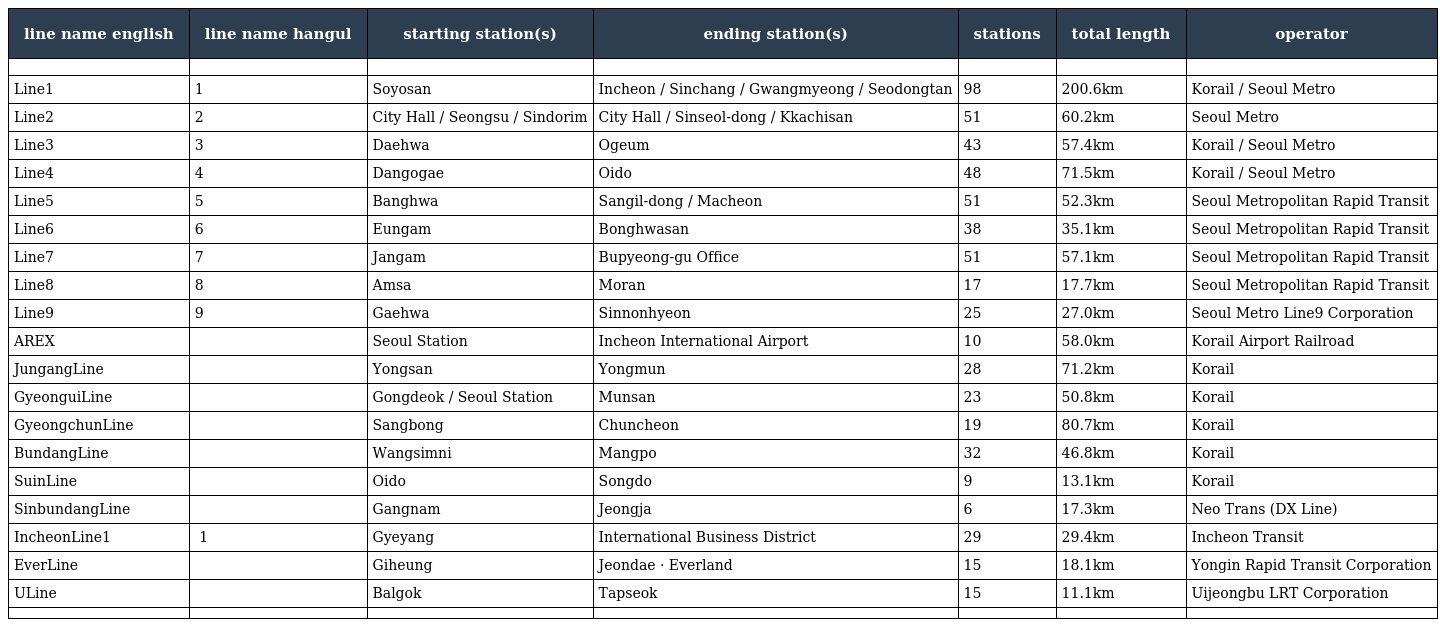
| line name english | line name hangul | starting station(s) | ending station(s) | stations | total length | operator |
 | --- | --- | --- | --- | --- | --- | --- |
 |  |  |  |  |  |  |  |
 | Line1 | 1호선 | Soyosan | Incheon / Sinchang / Gwangmyeong / Seodongtan | 98 | 200.6km | Korail / Seoul Metro |
 | Line2 | 2호선 | City Hall / Seongsu / Sindorim | City Hall / Sinseol-dong / Kkachisan | 51 | 60.2km | Seoul Metro |
 | Line3 | 3호선 | Daehwa | Ogeum | 43 | 57.4km | Korail / Seoul Metro |
 | Line4 | 4호선 | Dangogae | Oido | 48 | 71.5km | Korail / Seoul Metro |
 | Line5 | 5호선 | Banghwa | Sangil-dong / Macheon | 51 | 52.3km | Seoul Metropolitan Rapid Transit |
 | Line6 | 6호선 | Eungam | Bonghwasan | 38 | 35.1km | Seoul Metropolitan Rapid Transit |
 | Line7 | 7호선 | Jangam | Bupyeong-gu Office | 51 | 57.1km | Seoul Metropolitan Rapid Transit |
 | Line8 | 8호선 | Amsa | Moran | 17 | 17.7km | Seoul Metropolitan Rapid Transit |
 | Line9 | 9호선 | Gaehwa | Sinnonhyeon | 25 | 27.0km | Seoul Metro Line9 Corporation |
 | AREX | 공항철도 | Seoul Station | Incheon International Airport | 10 | 58.0km | Korail Airport Railroad |
 | JungangLine | 중앙선 | Yongsan | Yongmun | 28 | 71.2km | Korail |
 | GyeonguiLine | 경의선 | Gongdeok / Seoul Station | Munsan | 23 | 50.8km | Korail |
 | GyeongchunLine | 경춘선 | Sangbong | Chuncheon | 19 | 80.7km | Korail |
 | BundangLine | 분당선 | Wangsimni | Mangpo | 32 | 46.8km | Korail |
 | SuinLine | 수인선 | Oido | Songdo | 9 | 13.1km | Korail |
 | SinbundangLine | 신분당선 | Gangnam | Jeongja | 6 | 17.3km | Neo Trans (DX Line) |
 | IncheonLine1 | 인천 1호선 | Gyeyang | International Business District | 29 | 29.4km | Incheon Transit |
 | EverLine | 용인 경전철 | Giheung | Jeondae · Everland | 15 | 18.1km | Yongin Rapid Transit Corporation |
 | ULine | 의정부 경전철 | Balgok | Tapseok | 15 | 11.1km | Uijeongbu LRT Corporation |
 |  |  |  |  |  |  |  |